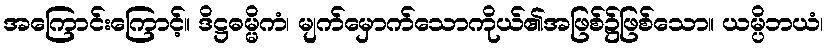
အကြောင်းကြောင့်။ ဒိဋ္ဌဓမ္မိကံ၊ မျက်မှောက်သောကိုယ်၏အဖြစ်၌ဖြစ်သော။ ယမ္ပိဘယံ၊